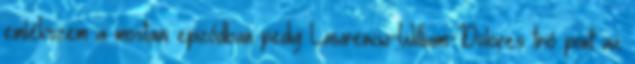
emlékszem a mostani epizódban pedig Lawrencw-William-Dolores trió pont az